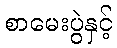
စာမေးပွဲနှင့်